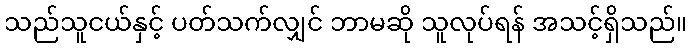
သည်သူငယ်နှင့် ပတ်သက်လျှင် ဘာမဆို သူလုပ်ရန် အသင့်ရှိသည်။